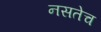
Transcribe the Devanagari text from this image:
नसतेच